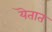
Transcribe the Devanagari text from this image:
यॆतात